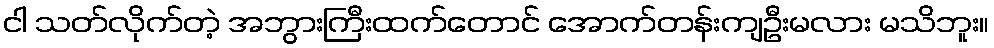
ငါ သတ်လိုက်တဲ့ အဘွားကြီးထက်တောင် အောက်တန်းကျဦးမလား မသိဘူး။